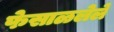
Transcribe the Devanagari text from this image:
फेसाळलेले